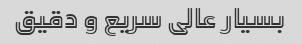
بسیار عالی سریع و دقیق